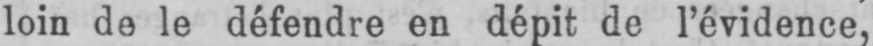
loin de le défendre en dépit de l’évidence,